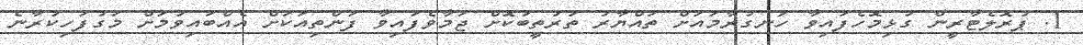
1. ޕުރޮލެޓާރީން ގުޅިމޮހެފައިވާ ހަނގުރާމައަށް ތައްޔާރު ތަރުތީބުކޮށް ޖަމާވެފައިވާ ފަންތިއަކަށް އެއްބައިވުމަށް މަގުފަހިކުރާނެ